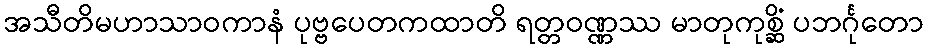
အသီတိမဟာသာဝကာနံ ပုဗ္ဗပေတကထာတိ ရတ္တဝဏ္ဏဿ မာတုကုစ္ဆိံ ပဘင်္ဂုတော